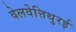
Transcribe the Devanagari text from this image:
वेलवेत्तिथुरई